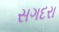
સગદરા